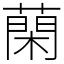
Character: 䔵